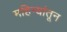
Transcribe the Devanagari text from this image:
महिन्‍यांतून